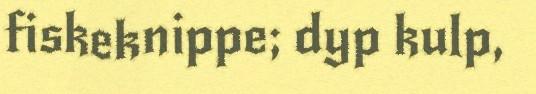
fiskeknippe; dyp kulp,